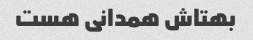
بهتاش همدانی هست